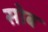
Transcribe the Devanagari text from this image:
सोब